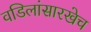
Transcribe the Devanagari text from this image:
वडिलांसारखेच